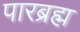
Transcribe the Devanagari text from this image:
पारब्रह्म